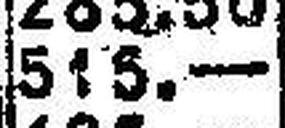
515.—